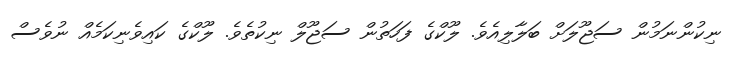
ނިކުންނަމުން ސަޖޫލަށް ބަލާލިއެވެ. ލޫކްގެ ފަހަތުން ސަޖޫލް ނިކުތެވެ. ލޫކްގެ ކައިވެނިކަމެއް ނުވެސް